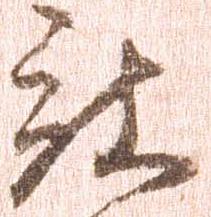
被